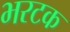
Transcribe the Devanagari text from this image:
भरटक